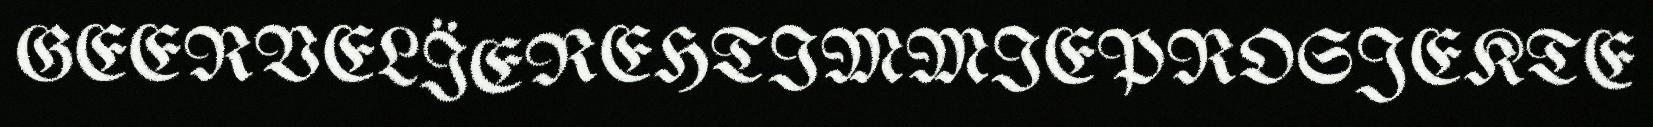
GEERVELÏEREHTIMMIEPROSJEKTE